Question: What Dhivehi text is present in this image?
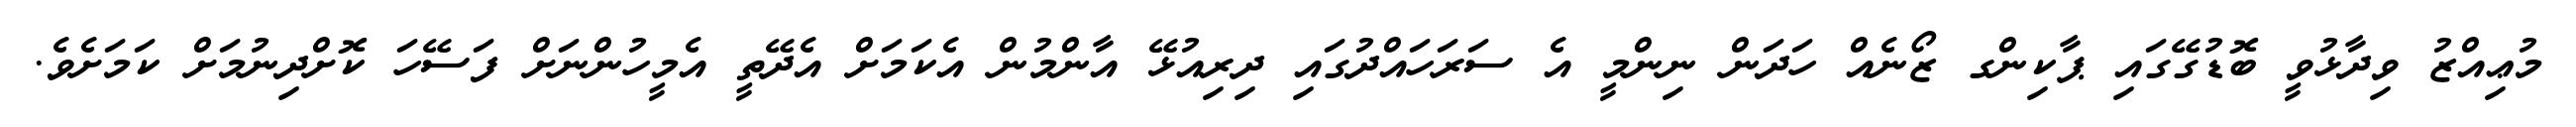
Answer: މުޢިއްޒު ވިދާޅުވީ ބޮޑުގޭގައި ޕާކިންގ ޒޯނެއް ހަދަން ނިންމީ އެ ސަރަހައްދުގައި ދިރިއުޅޭ އާންމުން އެކަމަށް އެދޭތީ އެމީހުންނަށް ފަސޭހަ ކޮށްދިނުމަށް ކަމަށެވެ.